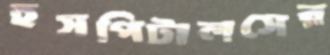
হসপিটালসের